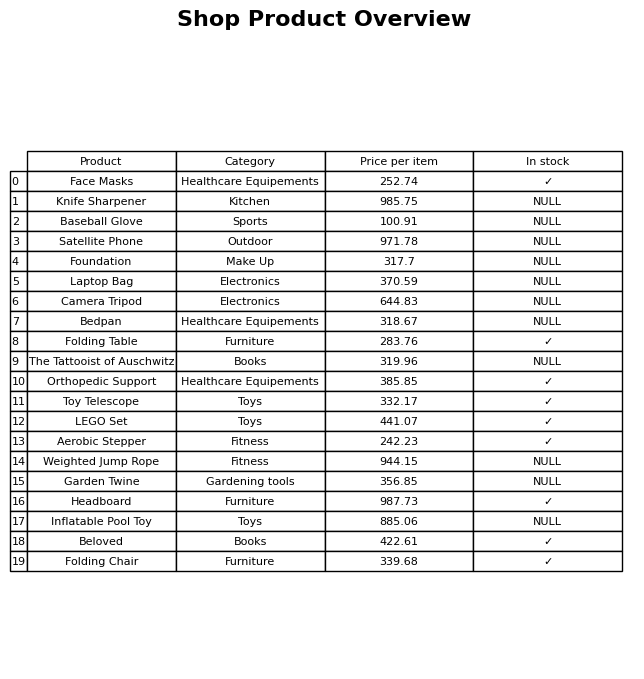
question: Which products are currently out of stock?
answer: Knife Sharpener, Baseball Glove, Satellite Phone, Foundation, Laptop Bag, Camera Tripod, Bedpan, The Tattooist of Auschwitz, Weighted Jump Rope, Garden Twine, Inflatable Pool Toy